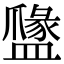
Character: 𥂼